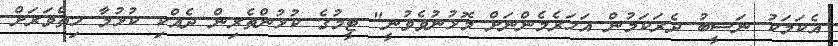
އެކަމަކު ނަސީބު ދެރަކަމުން އަހަރެމެންނަށް މޮޅުނުވެވުނީ" ޓީމުގެ ކުޅުންތެރިން ދެއްކި ކުޅުމާ ހިތްވަރަށް